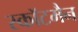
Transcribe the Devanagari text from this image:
स्कॉटमैन